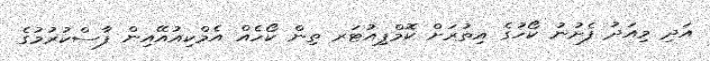
އަދި މިއަދު ފެށުނު ކޯހުގެ އިތުރަށް ކޮމްޕިއުޓަރ ތިން ކޯހެއް އެމްކިއުއޭއިން ފާސްކުރުމުގެ